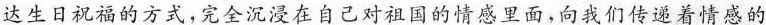
达生日祝福的方式，完全沉浸在自己对祖国的情感里面，向我们传递着情感的